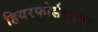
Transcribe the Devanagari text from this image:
हियरफोर्डशायर